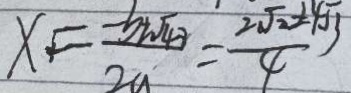
x = \frac { - b \pm \sqrt { 4 3 } } { 2 a } = \frac { 2 \sqrt { 2 } \pm 4 \sqrt { 3 } } { 4 }